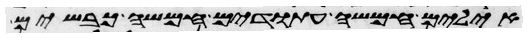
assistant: אילים חמשה עתודים חמשה כבשים